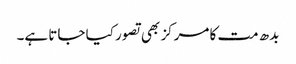
بدھ مت کا مرکز بھی تصور کیا جاتا ہے۔